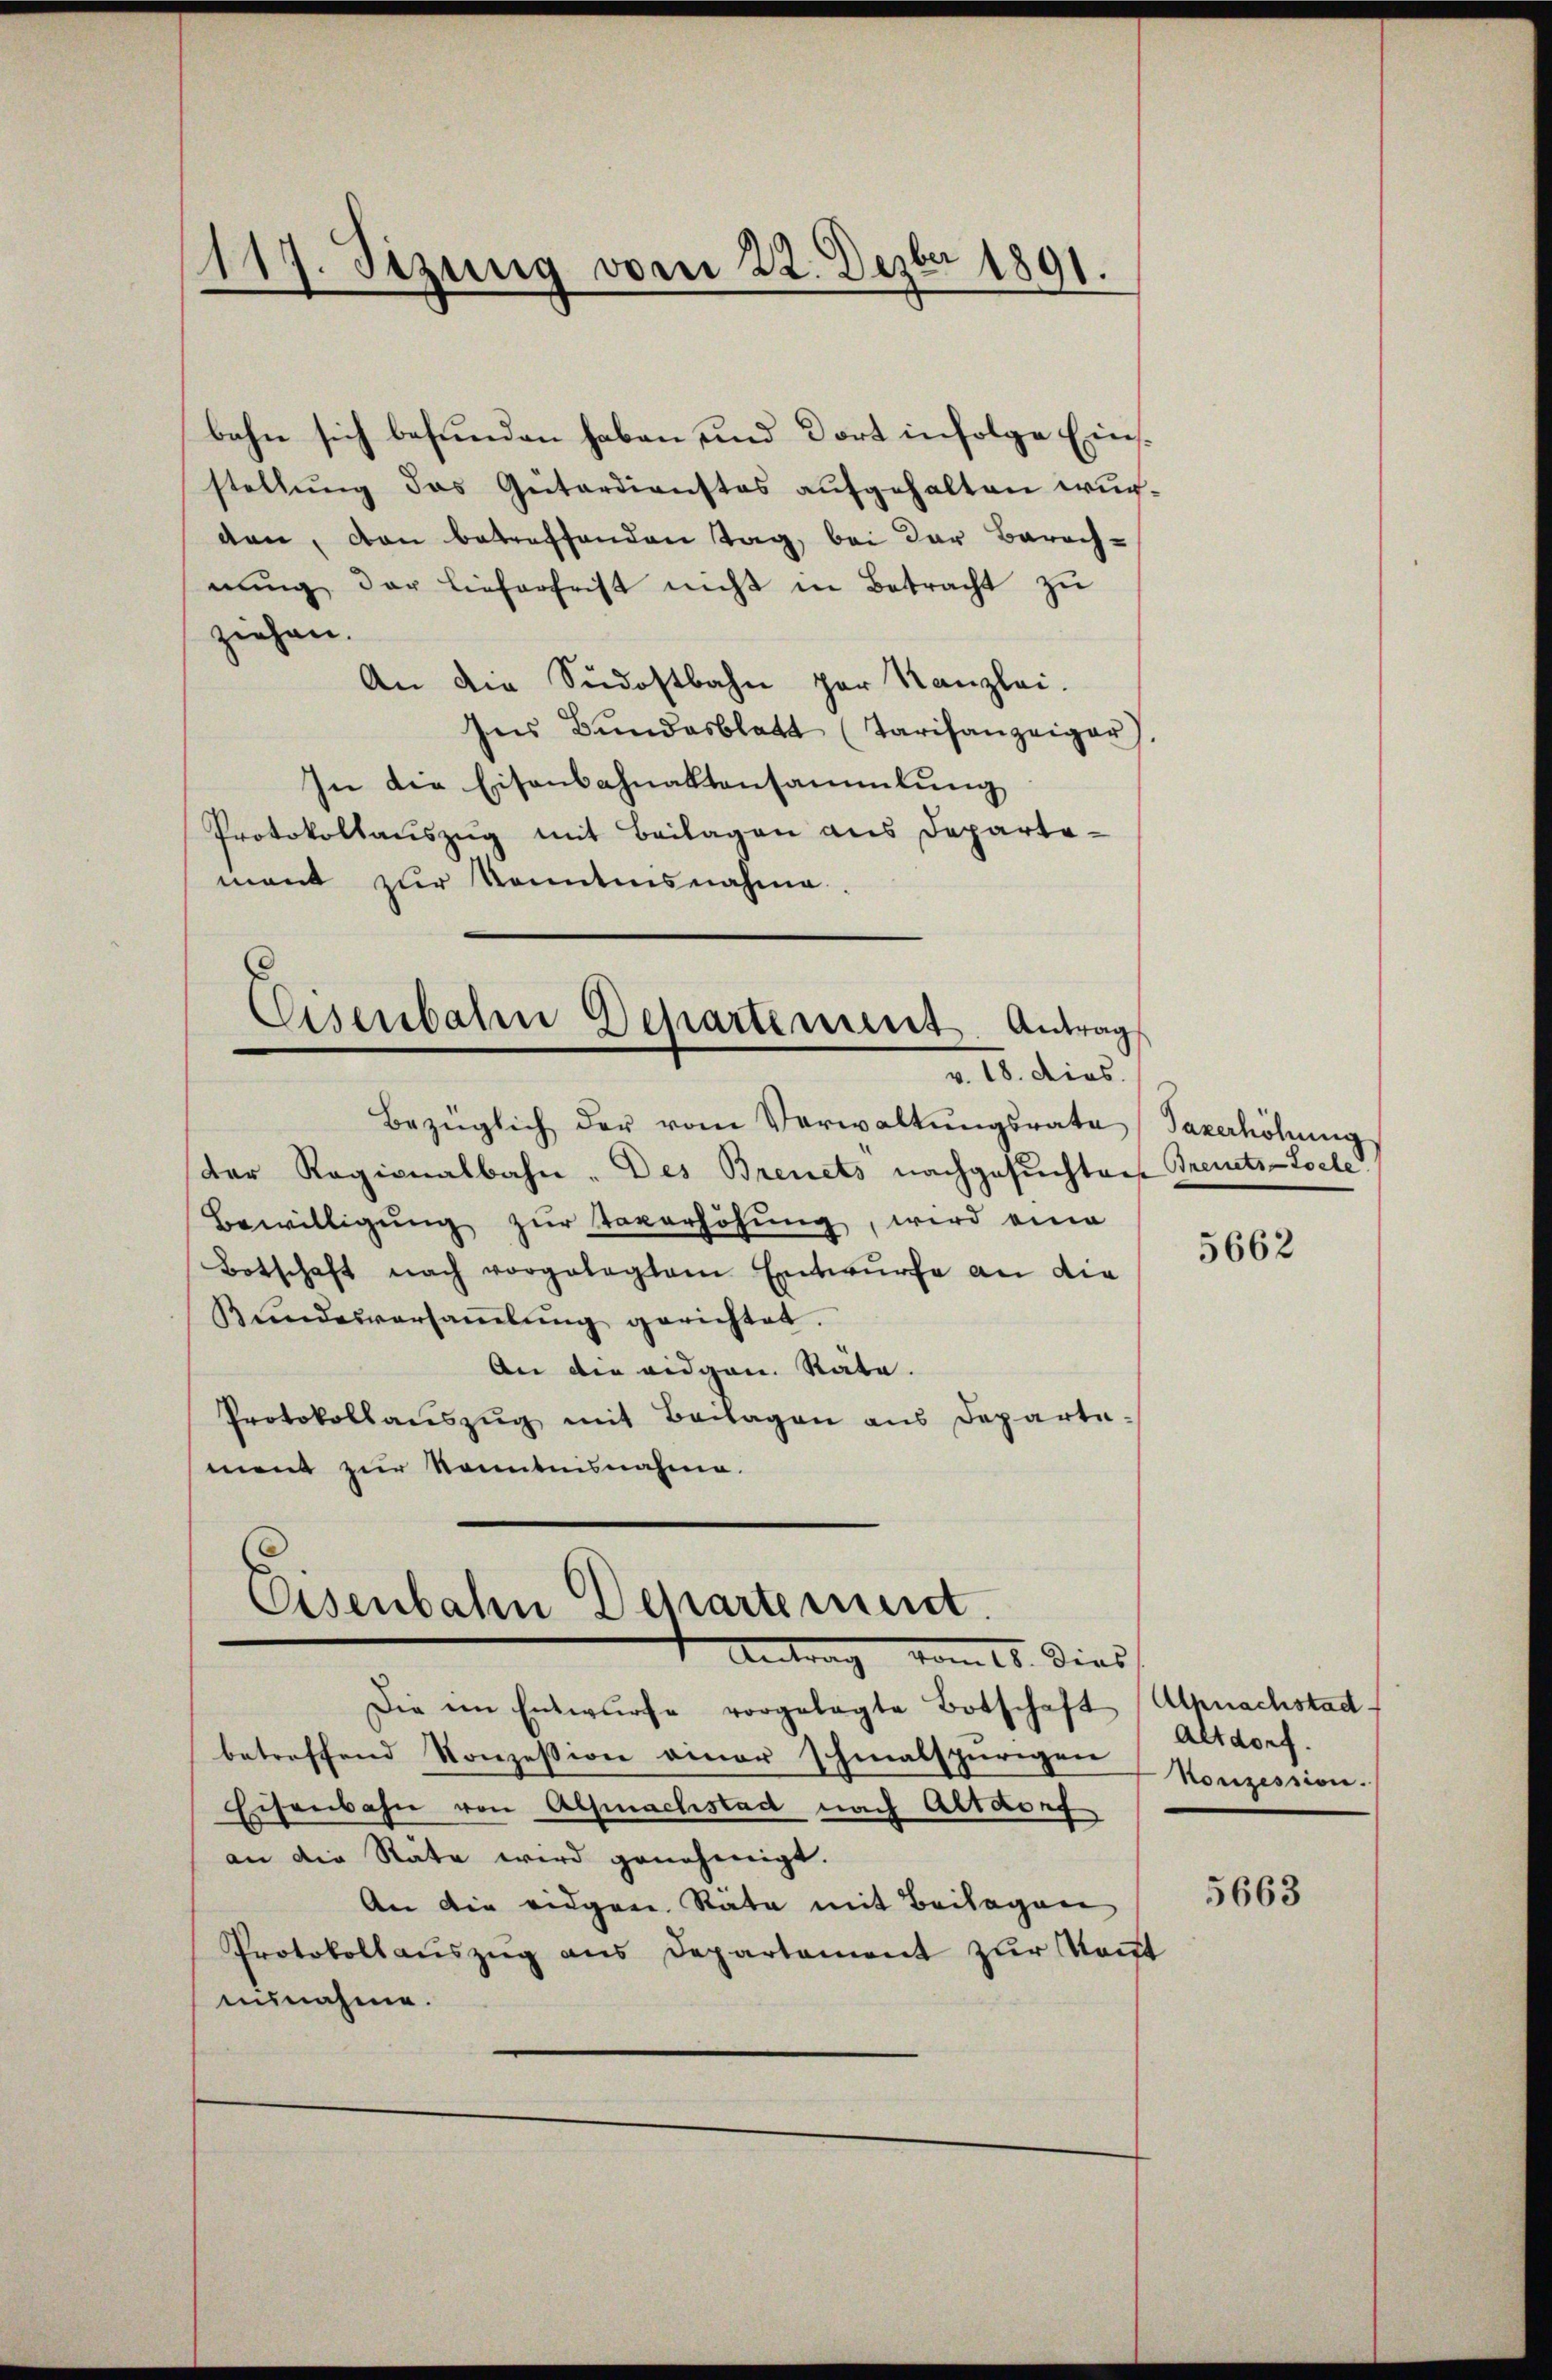
117. Sizung vom 22. Dezbr 1891.
—

bahn sich befunden haben und dort infolge Einsstellung das Güterdienstes aufgehalten wurden, den betreffenden Tag, bei der Barachnŭng der Lieferfrist nicht in Betracht zŭ
ziehen.
An die Südostbahn zur Kanzlei.
Ins Bŭndesblatt (Tarifanzeiger
In die Eisenbahnaktensammlung
Protokollauszug mit Beilagen aus Departemant zur Kenntnisnahme.
Eisenbahn Departement. Antrags
v. 18. dies.
Bezüglich der vom Verwaltŭngsrate (Saxerhöhŭng
der Ragionalbahn. Des Brevets nachgesuchten Treuets-Locle
Bewilligung zur Taverhöhung, wird eine
Botschaft nach vorgelegtem Entwurfe an die
Bŭndesversaṁlŭng gerichtet.
An die eidgen. Räte.
Protokollaŭszŭg mit Beilagen aus Departe-
ment zur Kenntnisnahme.
Eisenbahn Departement.

Antrag vom 15. Dies

Die ein Entwurfe vorgelegte Botschaft Alpnachstad
betreffend Konzession einer schmalspurigen Konzession.
Eisenbahn von Almachstad nach Altdorf
an die Räte wird genehmigt.
An die eidgen. Räte mit Beilagen
Protokollauszug aus Departement zur Kont
ausnahme.

5662

Altdorf.

5663